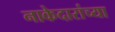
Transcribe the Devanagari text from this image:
नाकेदारांच्या